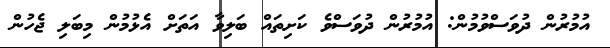
އުމުރުން ދުވަސްވުމުން: އުމުރުން ދުވަސްވެ ކަށިތައް ބަލިވާ އަތަށް އެޅުމުން މިބަލި ޖެހުން